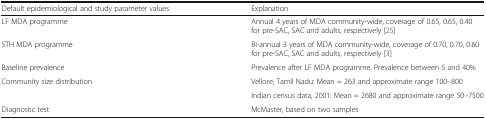
| Default epidemiological and study parameter values | Explanation |
 | --- | --- |
 | LF MDA programme | Annual 4 years of MDA community-wide, coverage of 0.65, 0.65, 0.40 for pre-SAC, SAC and adults, respectively [25] |
 | STH MDA programme | Bi-annual 3 years of MDA community-wide, coverage of 0.70, 0.70, 0.60 for pre-SAC, SAC and adults, respectively [3] |
 | Baseline prevalence | Prevalence after LF MDA programme. Prevalence between 5 and 40% |
 | <ROWSPAN=2> Community size distribution | Vellore, Tamil Nadu: Mean = 263 and approximate range 100–800 |
 | Indian census data, 2001: Mean = 2680 and approximate range 50–7500 |
 | Diagnostic test | McMaster, based on two samples |